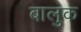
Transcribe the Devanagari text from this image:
बालुक